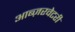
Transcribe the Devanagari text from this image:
आब्ज़रवेटरी